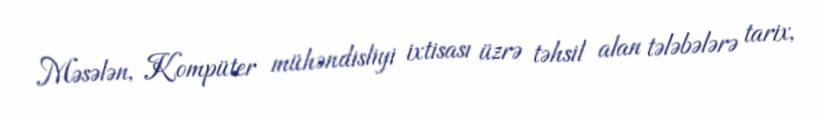
Məsələn, Kompüter mühəndisliyi ixtisası üzrə təhsil alan tələbələrə tarix,